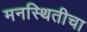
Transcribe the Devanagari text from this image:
मनस्थितीचा